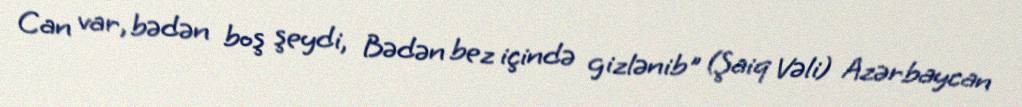
Can var, bədən boş şeydi, Bədən bez içində gizlənib" (Şaiq Vəli) Azərbaycan